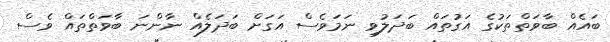
ބައެއް ބާވަތްތަކުގެ އަގުތައް ބަދަލުވި ނަމަވެސް އަގަށް ބަދަލެއް ނާންނަ ބާވަތްތައް ވެސް